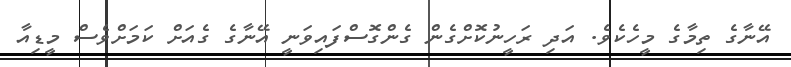
އޭނާގެ ތިމާގެ މީހެކެވެ. އަދި ރަހީނުކޮށްގެން ގެންގޮސްފައިވަނީ އޭނާގެ ގެއަށް ކަމަށްވެސް މީޑިއާ